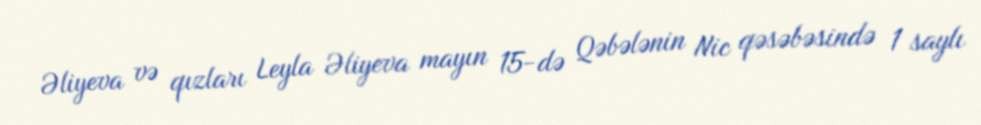
Əliyeva və qızları Leyla Əliyeva mayın 15-də Qəbələnin Nic qəsəbəsində 1 saylı